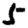
Digit: 5